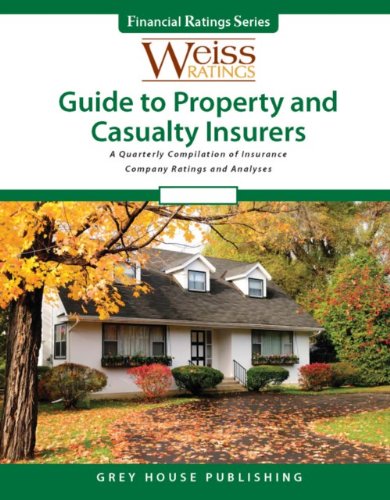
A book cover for Weiss Ratings Guide to Property and Casualty Insurers: Spring 2012 (Weiss Ratings Guide to Property & Casualty Insurers); Business & Money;